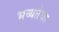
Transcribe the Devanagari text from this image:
भव्यतेचा